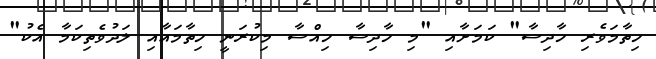
ހިތާމަވެރި ހާދިސާ" ކަމަށާއި "މި ހާދިސާ ހިއްސާ މިކުރަނީ ހިތާމައާއި ލަދުވެތިކަމާ އެކު"